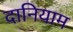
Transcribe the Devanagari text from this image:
दानियाम